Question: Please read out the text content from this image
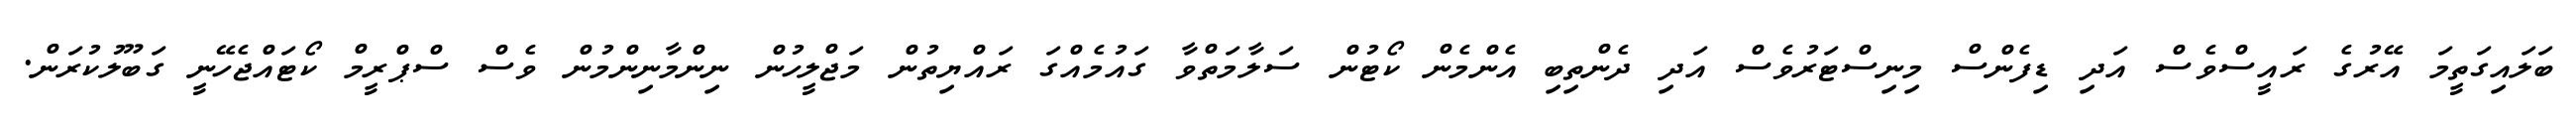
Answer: ބަލައިގަތީމަ އޭރުގެ ރައީސްވެސް އަދި ޑިފެންސް މިނިސްޓަރުވެސް އަދި ދެންތިބި އެންމެން ކޯޓުން ސަލާމަތްވާ ގައުމެއްގަ ރައްޔިތުން މަޖްލީހުން ނިންމާނިންމުން ވެސް ސްޕްރީމް ކޯޓައްޖެހޭނީ ގަބޫލުކުރަން.